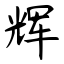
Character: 辉